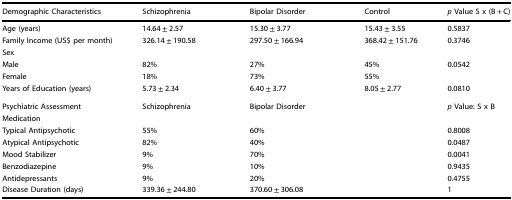
<table><thead><tr><td><b>Demographic Characteristics</b></td><td><b>Schizophrenia</b></td><td><b>Bipolar Disorder</b></td><td><b>Control</b></td><td><b><i>p</i> Value S x (B + C)</b></td></tr></thead><tbody><tr><td>Age (years)</td><td>14.64 ± 2.57</td><td>15.30 ± 3.77</td><td>15.43 ± 3.55</td><td>0.5837</td></tr><tr><td>Family Income (US$ per month)</td><td>326.14 ± 190.58</td><td>297.50 ± 166.94</td><td>368.42 ± 151.76</td><td>0.3746</td></tr><tr><td>Sex</td><td></td><td></td><td></td><td></td></tr><tr><td>Male</td><td>82%</td><td>27%</td><td>45%</td><td>0.0542</td></tr><tr><td>Female</td><td>18%</td><td>73%</td><td>55%</td><td></td></tr><tr><td>Years of Education (years)</td><td>5.73 ± 2.34</td><td>6.40 ± 3.77</td><td>8.05 ± 2.77</td><td>0.0810</td></tr><tr><td>Psychiatric Assessment</td><td>Schizophrenia</td><td>Bipolar Disorder</td><td></td><td><i>p</i> Value: S x B</td></tr><tr><td>Medication</td><td></td><td></td><td></td><td></td></tr><tr><td>Typical Antipsychotic</td><td>55%</td><td>60%</td><td></td><td>0.8008</td></tr><tr><td>Atypical Antipsychotic</td><td>82%</td><td>40%</td><td></td><td>0.0487</td></tr><tr><td>Mood Stabilizer</td><td>9%</td><td>70%</td><td></td><td>0.0041</td></tr><tr><td>Benzodiazepine</td><td>9%</td><td>10%</td><td></td><td>0.9435</td></tr><tr><td>Antidepressants</td><td>9%</td><td>20%</td><td></td><td>0.4755</td></tr><tr><td>Disease Duration (days)</td><td>339.36 ± 244.80</td><td>370.60 ± 306.08</td><td></td><td>1</td></tr></tbody></table>